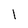
Character: l